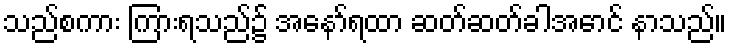
သည်စကား ကြားရသည်၌ အနော်ရထာ ဆတ်ဆတ်ခါအောင် နာသည်။